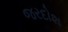
જરદોશ